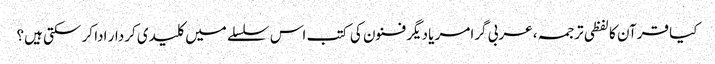
کیا قرآن کا لفظی ترجمہ، عربی گرامر یا دیگر فنون کی کتب اس سلسلے میں کلیدی کردار ادا کر سکتی ہیں؟